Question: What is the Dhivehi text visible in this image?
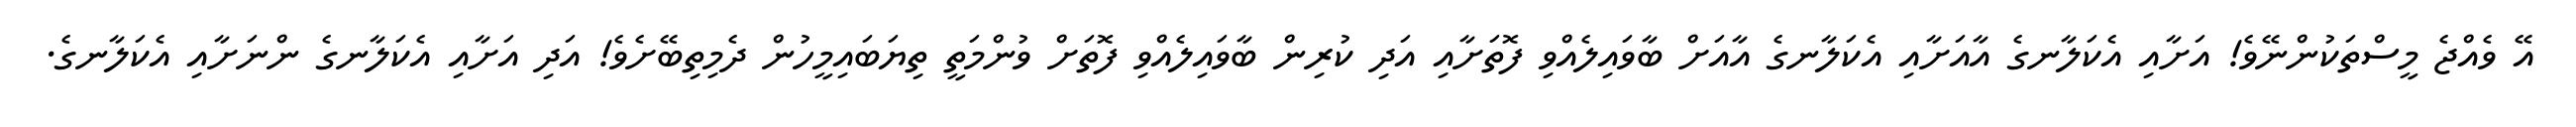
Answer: އޭ ވެއްޖެ މީސްތަކުންނޭވެ! އަށާއި އެކަލާނގެ އާއަށާއި އެކަލާނގެ އާއަށް ބާވައިލެއްވި ފޮތަށާއި އަދި ކުރިން ބާވައިލެއްވި ފޮތަށް ވުންމަތީ ތިޔަބައިމީހުން ދެމިތިބޭށެވެ! އަދި އަށާއި އެކަލާނގެ ންނަށާއި އެކަލާނގެ.